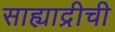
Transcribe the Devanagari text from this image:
साह्याद्रीची